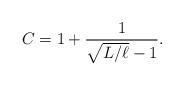
LaTeX: \begin{align*}C=1+\frac{1}{\sqrt{L/\ell}-1}.\end{align*}